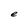
Character: e